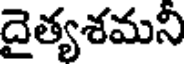
దైత్యశమని